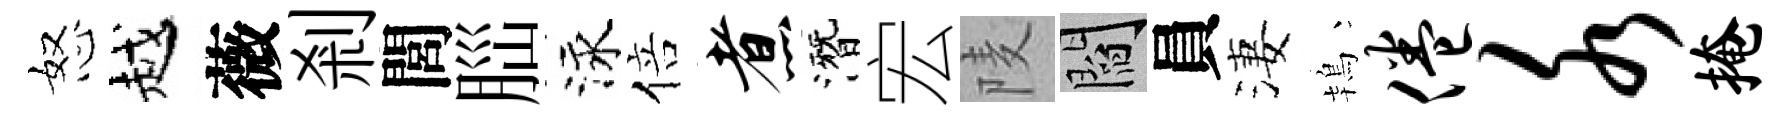
怒越薇剎閭𦛁泳倍煮潛宏𨹧閻員淒鴇倦水掩